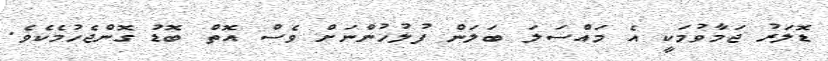
ޑޮލަރު ޖަމާވުމަކީ އެ މައްސަލަ ބަލަން ފުލުހުންނަށް ވެސް އޮތް ބޮޑު ގޮންޖެހުމެކެވެ.